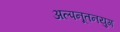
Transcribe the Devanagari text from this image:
अल्पनूतनयुग